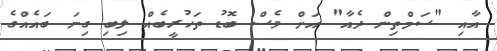
އާއި "ސަމްތިން ދެއާ" އަށް ވެސް ބޮޑު ތަހުރީބެއް ލިބި ގިނަ ބައެއްގެ